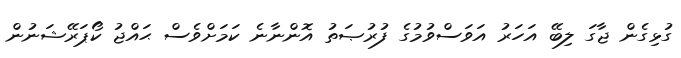
ގުޅިގެން ޖާގަ ލިބޭ އަހަރު އަވަސްވުމުގެ ފުރުޞަތު އޮންނާނެ ކަމަށްވެސް ޙައްޖު ކޯޕަރޭޝަނުން